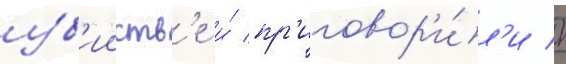
уб'ииств'е и́ пр'иговор'и́л'и к